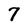
Character: 7